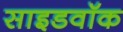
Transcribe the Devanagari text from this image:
साइडवॉक